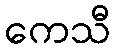
ကေသီ